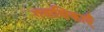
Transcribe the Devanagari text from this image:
गवाक्षिकाएँ